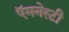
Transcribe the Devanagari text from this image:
ऍमनेस्टी